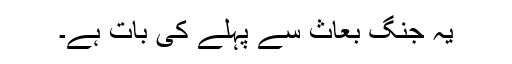
یہ جنگ بُعَاث سے پہلے کی بات ہے۔